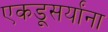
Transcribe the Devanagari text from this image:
एकडूसर्यांना